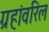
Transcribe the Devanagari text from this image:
ग्रहांवरिल